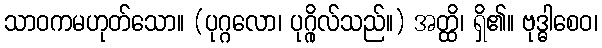
သာဝကမဟုတ်သော။ (ပုဂ္ဂလော၊ ပုဂ္ဂိုလ်သည်။) အတ္ထိ၊ ရှိ၏။ ဗုဒ္ဓါစေဝ၊